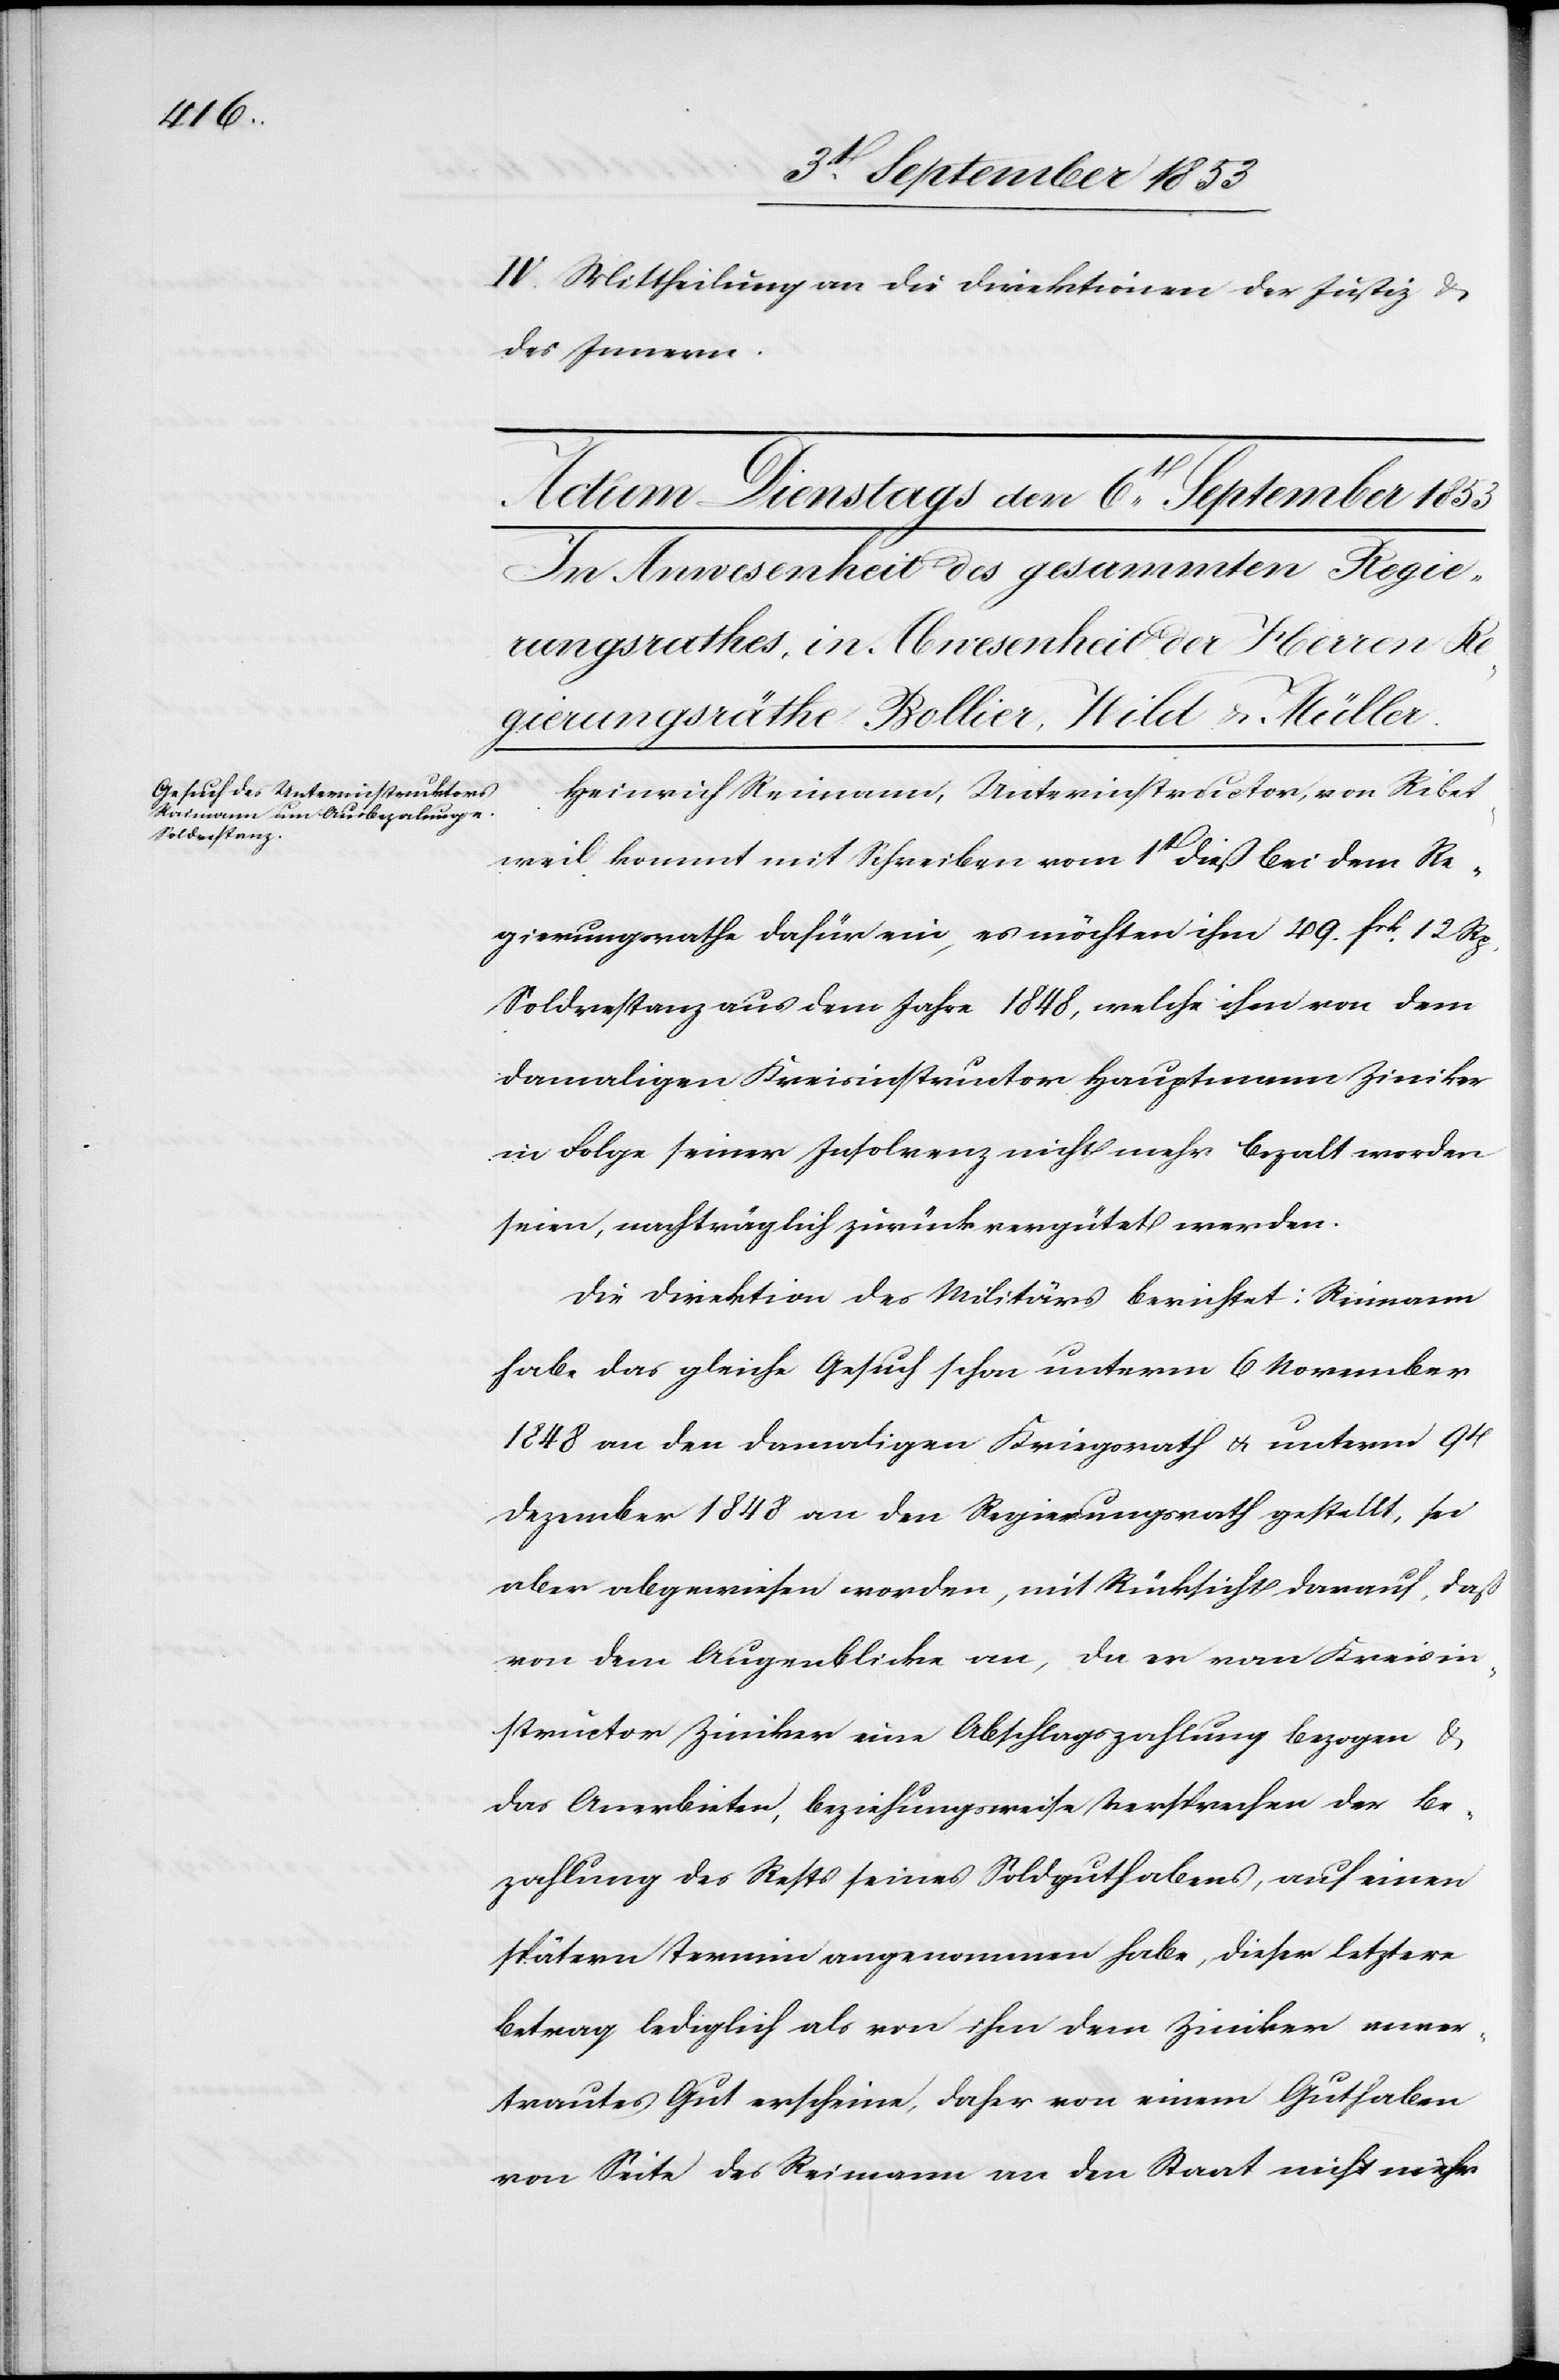
IV. Mittheilung an die Direktionen der Justiz u.
des Innern.
Heinrich Reimann, Unterinstructor, von Ribetweil
kommt mit Schreiben vom 1t dieß bei dem Re¬
gierungsrathe dafür ein, es möchten ihm 49 frk. 12 Rp
Soldrestanz aus dem Jahre 1848, welche ihm von dem
damaligen Kreisinstructor Hauptmann Ziniker
in Folge seiner Insolvenz nicht mehr bezalt worden
seien, nachträglich zurück vergütet werden.
Die Direktion des Militärs berichtet: Reimann
habe das gleiche Gesuch schon unterm 6 November
1848 an den damaligen Kriegsrath u. unterm 9t
Dezember 1848 an den Regierungsrath gestellt, sei
aber abgewiesen worden, mit Rücksicht darauf, daß
von dem Augenblicke an, da er vom Kreisin¬
structor Ziniker eine Abschlagszahlung bezogen u.
das Anerbieten, beziehungsweise Versprechen der Be¬
zahlung des Rest seines Soldguthabens, auf einen
spätern Termin angenommen habe, dieser letztere
Betrag lediglich als von ihm dem Ziniker ver¬
trautes Gut erscheine, daher von einem Guthaben
von Seite des Reimann an den Staat nicht mehr